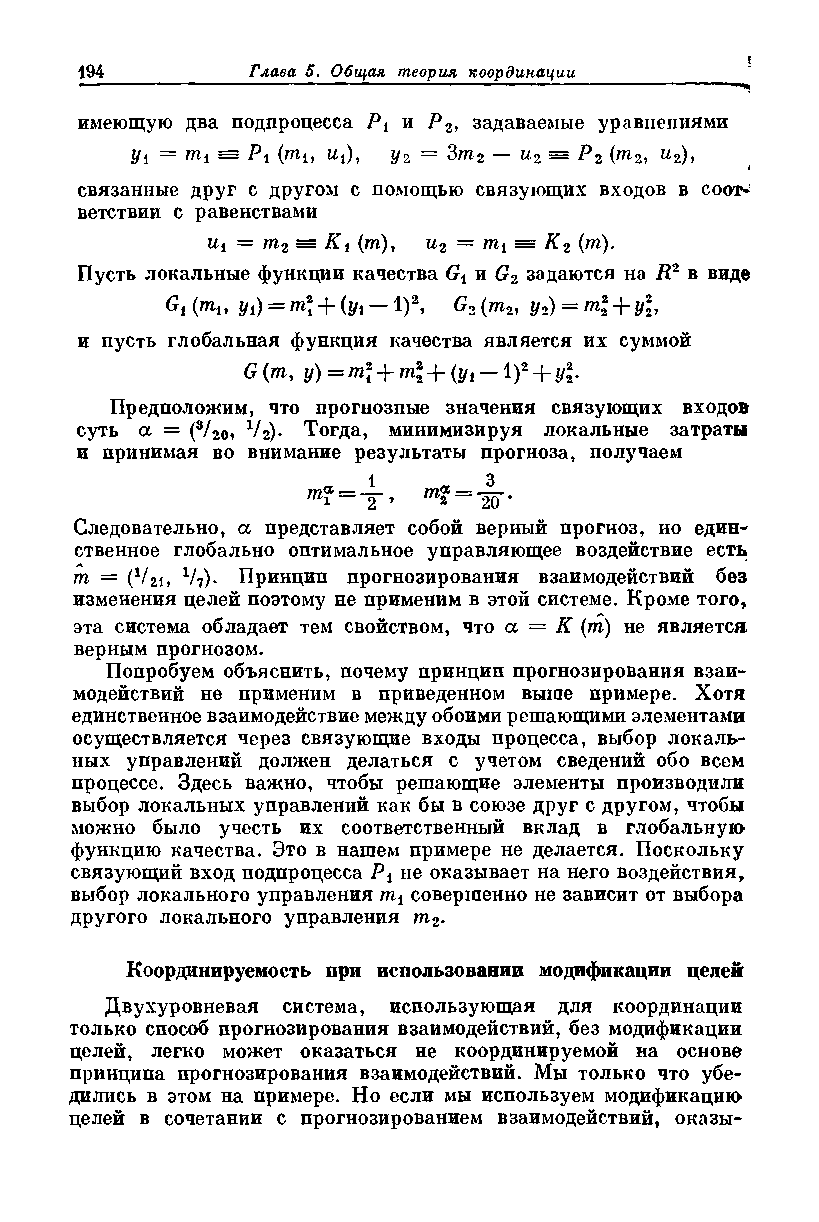
имеющую два подпроцесса и Р2, задаваемые уравнениями
 = mi = Р1 (m1? ^i), г/2 = Зт2 — и% = Р2 (т2, и2),
 связанные друг с другом с помощью связующих входов в соот­
 ветствии с равенствами
 щ = т2 = Ki (m), и2 = К2 (т).
 Пусть локальные функции качества Gx и G2 задаются на R2 в виде
 G\ (™i> У\) — rn\ + (yi — I)2, Go (m2, у2) = m2 + г/2,
 и пусть глобальная функция качества является их суммой
 G(m, y)=ml + ml+(yi- i ) 2 + yl
 Предположим, что прогнозпые значения связующих входов
 суть а = (3/2<ь V2). Тогда, минимизируя локальные затраты
 и принимая во внимание результаты прогноза, получаем
 20 •
 Следовательно, а представляет собой верный прогноз, но един-'
 ственное глобально оптимальное управляющее воздействие есть
 m = (V2i, 1/?)* Принцип прогнозирования взаимодействий без
 изменения целей поэтому не применим в этой системе. Кроме того,
 эта система обладает тем свойством, что а = К (тп) не является
 верным прогнозом.
 Попробуем объяснить, почему принцип прогнозирования взаи­
 модействий не применим в приведенном выше примере. Хотя
 единственное взаимодействие между обоими решающими элементами
 осуществляется через связующие входы процесса, выбор локаль­
 ных управлений должен делаться с учетом сведений обо всем
 процессе. Здесь важно, чтобы решающие элементы производили
 выбор локальных управлений как бы в союзе друг с другом, чтобы
 можно было учесть их соответственный вклад в глобальную
 функцию качества. Это в нашем примере не делается. Поскольку
 связующий вход подпроцесса Pi не оказывает на него воздействия,
 выбор локального управления mt совершенно не зависит от выбора
 другого локального управления т2.
 Координируемость при использовании модификации целей
 Двухуровневая система, использующая для координации
 только способ прогнозирования взаимодействий, без модификации
 целей, легко может оказаться не координируемой на основе
 принципа прогнозирования взаимодействий. Мы только что убе­
 дились в этом на примере. Но если мы используем модификацию
 целей в сочетании с прогнозированием взаимодействий, оказы-